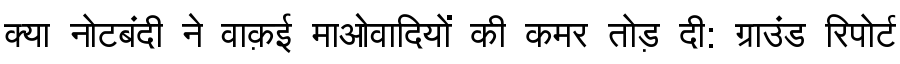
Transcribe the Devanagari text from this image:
क्या नोटबंदी ने वाक़ई माओवादियों की कमर तोड़ दी: ग्राउंड रिपोर्ट